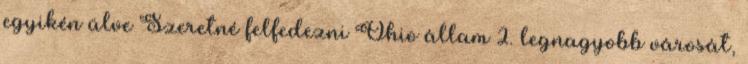
egyikén ülve Szeretné felfedezni Ohio állam 2. legnagyobb városát,